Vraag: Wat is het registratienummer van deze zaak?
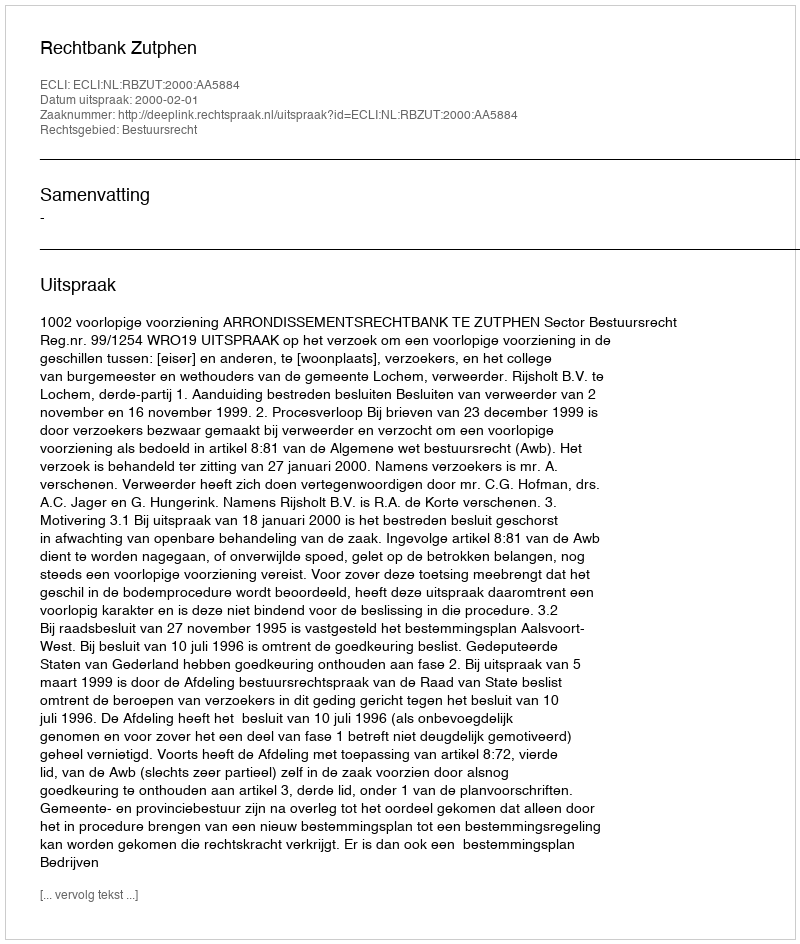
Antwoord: http://deeplink.rechtspraak.nl/uitspraak?id=ECLI:NL:RBZUT:2000:AA5884